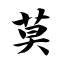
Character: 莫